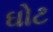
ઘોટ